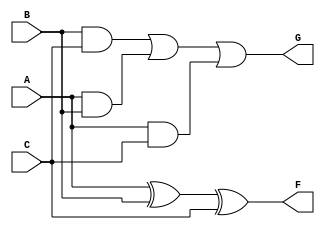
/*
addersubtractor.v
Developed By: Derek Johnston @ Texas Tech University

Implement an 4-bit Ripple-Carry Adder/Subtractor

Inputs: A (4-bit), B (4-bit), C (1-bit)
Output: S (4-bit) = A + B (C = 0), A - B (C = 1)
*/

module full_adder(A, B, C, F, G);
	
	input A, B, C;
	output F, G;

	assign F = A ^ B ^ C;
	assign G = B & C | A & B | A & C;

endmodule

module top(A, B, C, S);

	input [3:0] A,B;
	input C;
	output [3:0] S;

	wire C1, C2, C3, C4;

	full_adder U0 (.A(A[0]), .B(B[0]^C), .C(C), .F(S[0]), .G(C1));			
	full_adder U1 (.A(A[1]), .B(B[1]^C), .C(C1), .F(S[1]), .G(C2));
	full_adder U2 (.A(A[2]), .B(B[2]^C), .C(C2), .F(S[2]), .G(C3));
	full_adder U3 (.A(A[3]), .B(B[3]^C), .C(C3), .F(S[3]), .G(C4));

	
endmodule

/*
module full_adder(A, B, C, F, G);
	
	input A,B;
	input G;
	output F;
	output C;

	wire W0, W1, W2, W3;
	xor (W0, A, B);
	xor (F, C0, G);

	and (W1, A, B);
	and (W2, A, G);
	and (W3, B, G);
	or (C, W1, W2, W3);

endmodule

module top(A, B, C, S);
	
	input [3:0]A,B;
	input C;
	output [3:0]S;

	wire [3:0] Y;
	wire C0, C1, C2, C3;

	xor (Y[0], B[0], C);
	xor (Y[1], B[1], C);
	xor (Y[2], B[2], C);
	xor (Y[3], B[3], C);

	xor (C, C3, G);
	xor (C3, C4);

	full_adder U0 (S[0], C0, A[0], B[0], C);
	full_adder U1 (S[1], C1, A[1], B[1], C1);
	full_adder U2 (S[2], C2, A[2], B[2], C2);
	full_adder U3 (S[3], C3, A[3], B[3], C3);	
	
endmodule */